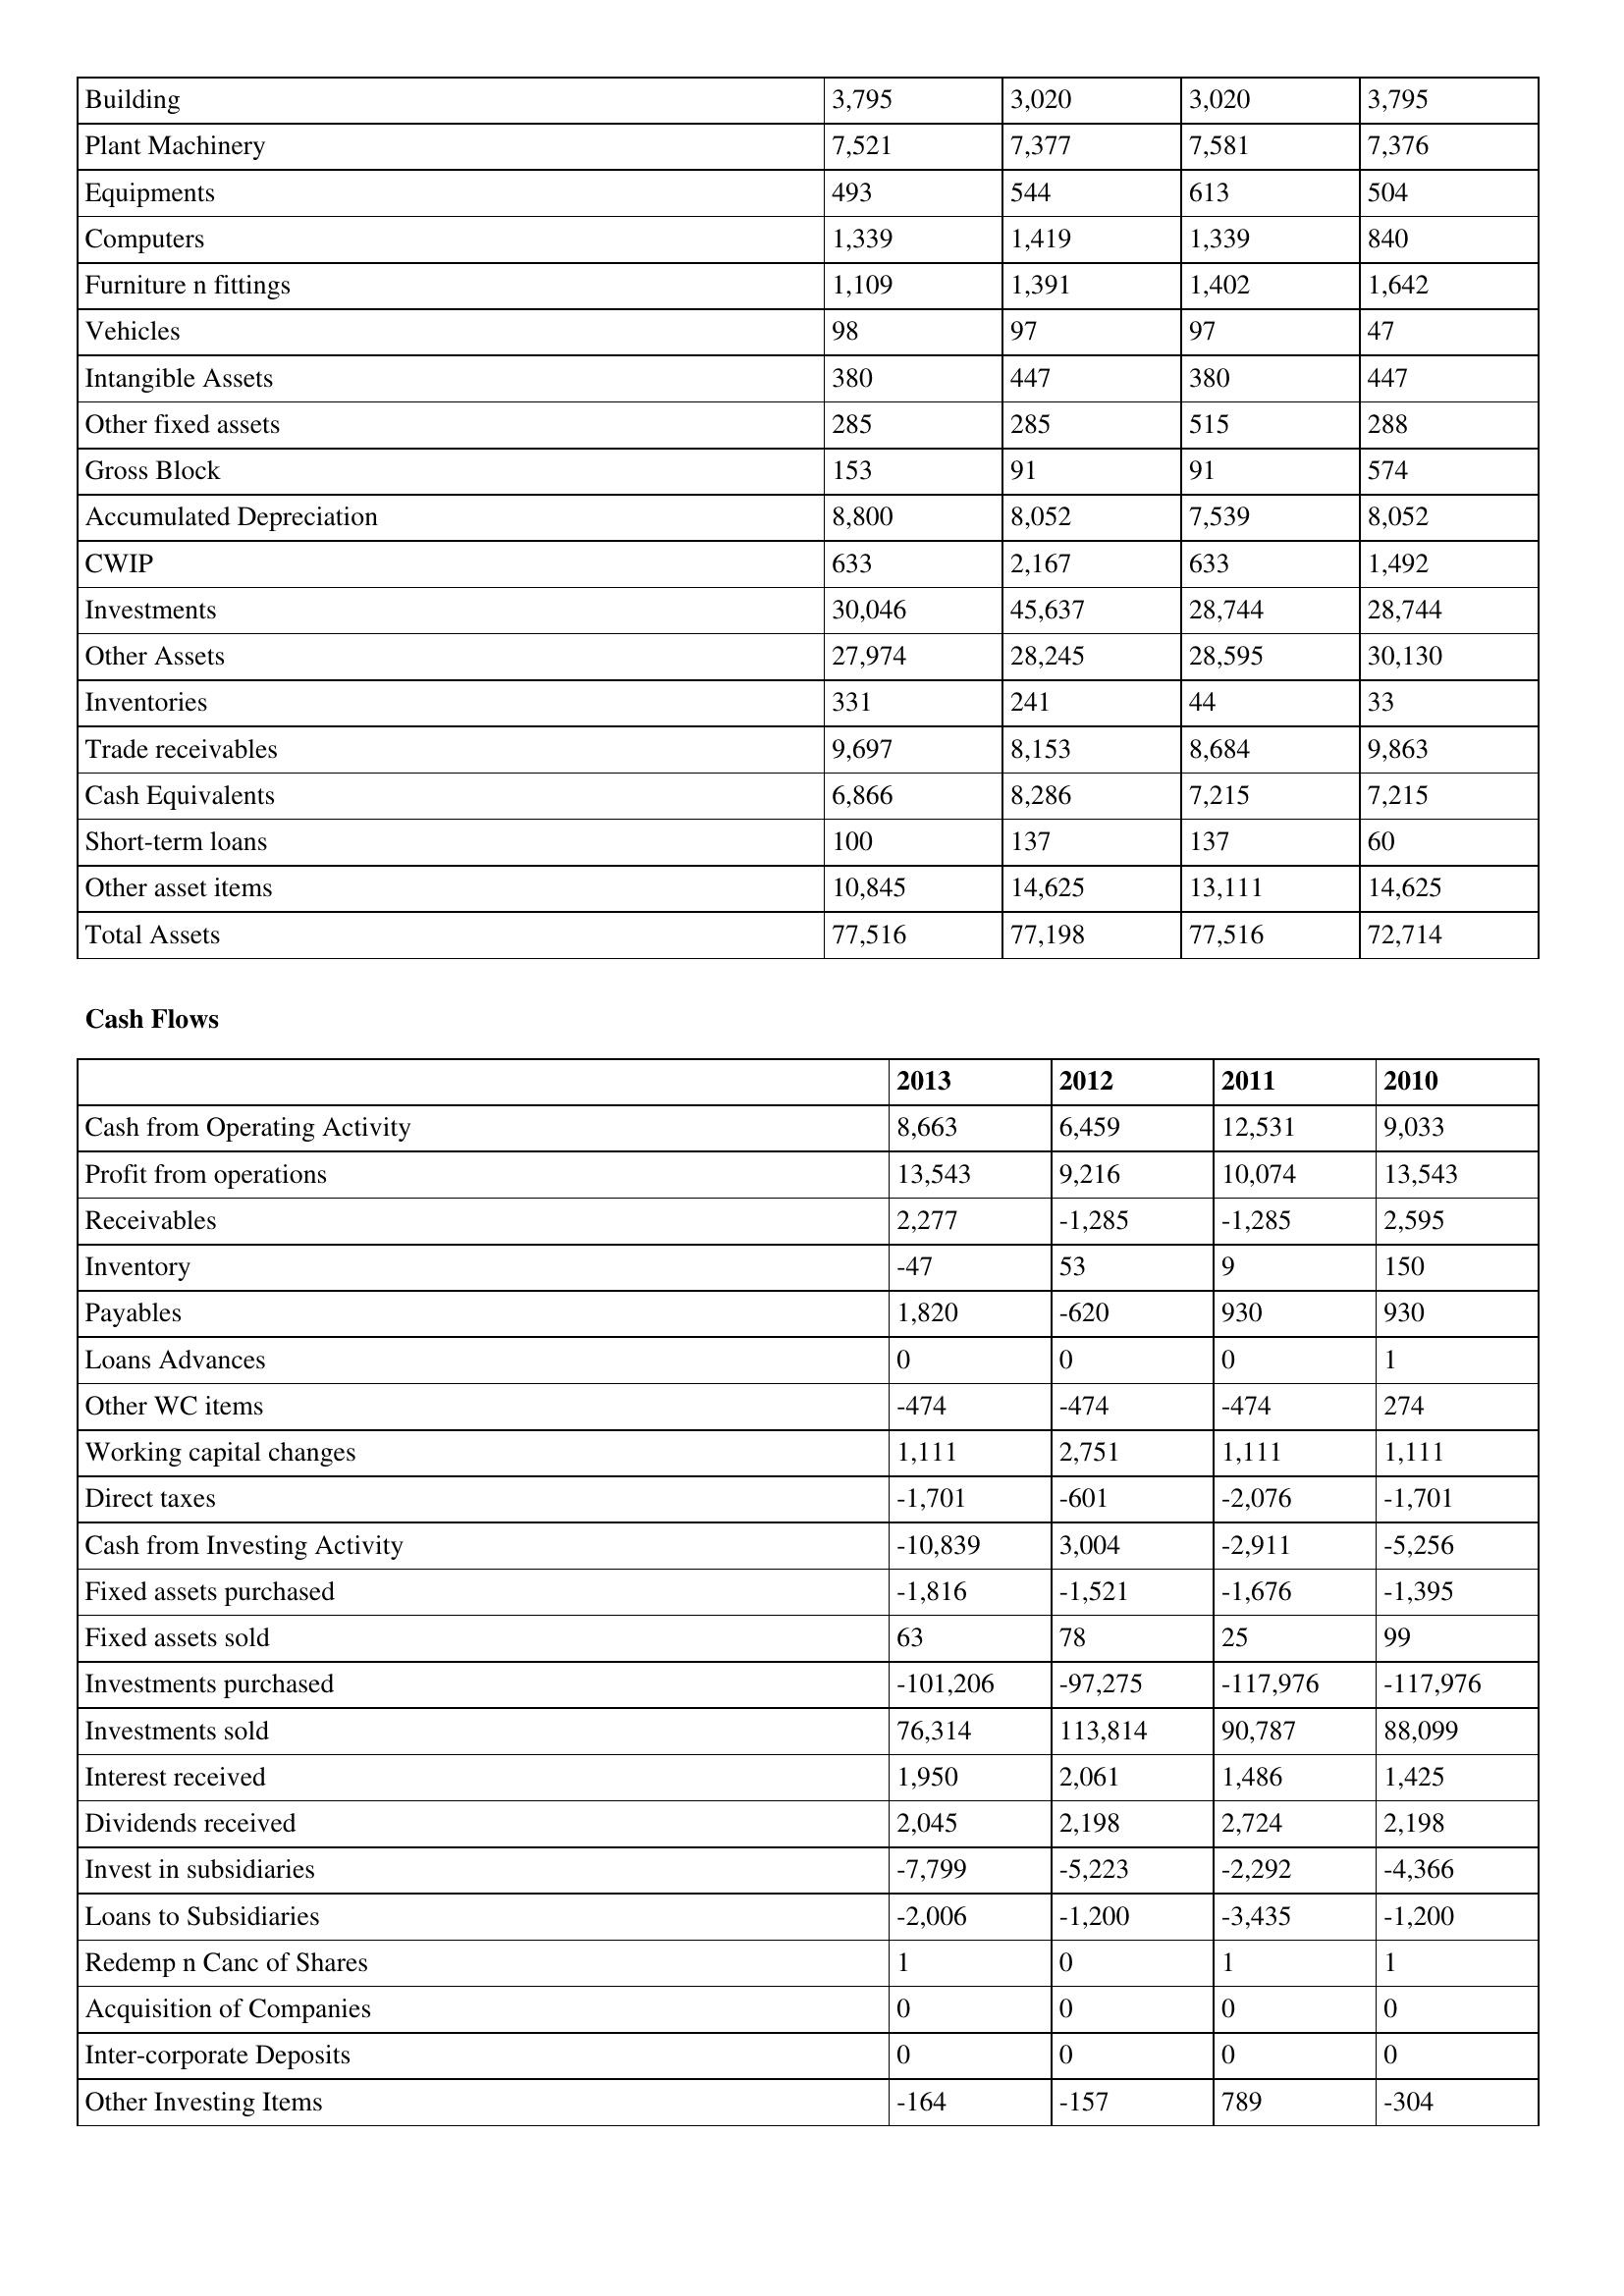
gt_parse: 2013: Balance Sheet: Building: 3,795
Plant Machinery: 7,521
Equipments: 493
Computers: 1,339
Furniture n fittings: 1,109
Vehicles: 98
Intangible Assets: 380
Other fixed assets: 285
Gross Block: 153
Accumulated Depreciation: 8,800
CWIP: 633
Investments: 30,046
Other Assets: 27,974
Inventories: 331
Trade receivables: 9,697
Cash Equivalents: 6,866
Short-term loans: 100
Other asset items: 10,845
Total Assets: 77,516
Cash Flows: Cash from Operating Activity: 8,663
Profit from operations: 13,543
Receivables: 2,277
Inventory: -47
Payables: 1,820
Loans Advances: 0
Other WC items: -474
Working capital changes: 1,111
Direct taxes: -1,701
Cash from Investing Activity: -10,839
Fixed assets purchased: -1,816
Fixed assets sold: 63
Investments purchased: -101,206
Investments sold: 76,314
Interest received: 1,950
Dividends received: 2,045
Invest in subsidiaries: -7,799
Loans to Subsidiaries: -2,006
Redemp n Canc of Shares: 1
Acquisition of Companies: 0
Inter-corporate Deposits: 0
Other Investing Items: -164
2012: Balance Sheet: Building: 3,020
Plant Machinery: 7,377
Equipments: 544
Computers: 1,419
Furniture n fittings: 1,391
Vehicles: 97
Intangible Assets: 447
Other fixed assets: 285
Gross Block: 91
Accumulated Depreciation: 8,052
CWIP: 2,167
Investments: 45,637
Other Assets: 28,245
Inventories: 241
Trade receivables: 8,153
Cash Equivalents: 8,286
Short-term loans: 137
Other asset items: 14,625
Total Assets: 77,198
Cash Flows: Cash from Operating Activity: 6,459
Profit from operations: 9,216
Receivables: -1,285
Inventory: 53
Payables: -620
Loans Advances: 0
Other WC items: -474
Working capital changes: 2,751
Direct taxes: -601
Cash from Investing Activity: 3,004
Fixed assets purchased: -1,521
Fixed assets sold: 78
Investments purchased: -97,275
Investments sold: 113,814
Interest received: 2,061
Dividends received: 2,198
Invest in subsidiaries: -5,223
Loans to Subsidiaries: -1,200
Redemp n Canc of Shares: 0
Acquisition of Companies: 0
Inter-corporate Deposits: 0
Other Investing Items: -157
2011: Balance Sheet: Building: 3,020
Plant Machinery: 7,581
Equipments: 613
Computers: 1,339
Furniture n fittings: 1,402
Vehicles: 97
Intangible Assets: 380
Other fixed assets: 515
Gross Block: 91
Accumulated Depreciation: 7,539
CWIP: 633
Investments: 28,744
Other Assets: 28,595
Inventories: 44
Trade receivables: 8,684
Cash Equivalents: 7,215
Short-term loans: 137
Other asset items: 13,111
Total Assets: 77,516
Cash Flows: Cash from Operating Activity: 12,531
Profit from operations: 10,074
Receivables: -1,285
Inventory: 9
Payables: 930
Loans Advances: 0
Other WC items: -474
Working capital changes: 1,111
Direct taxes: -2,076
Cash from Investing Activity: -2,911
Fixed assets purchased: -1,676
Fixed assets sold: 25
Investments purchased: -117,976
Investments sold: 90,787
Interest received: 1,486
Dividends received: 2,724
Invest in subsidiaries: -2,292
Loans to Subsidiaries: -3,435
Redemp n Canc of Shares: 1
Acquisition of Companies: 0
Inter-corporate Deposits: 0
Other Investing Items: 789
2010: Balance Sheet: Building: 3,795
Plant Machinery: 7,376
Equipments: 504
Computers: 840
Furniture n fittings: 1,642
Vehicles: 47
Intangible Assets: 447
Other fixed assets: 288
Gross Block: 574
Accumulated Depreciation: 8,052
CWIP: 1,492
Investments: 28,744
Other Assets: 30,130
Inventories: 33
Trade receivables: 9,863
Cash Equivalents: 7,215
Short-term loans: 60
Other asset items: 14,625
Total Assets: 72,714
Cash Flows: Cash from Operating Activity: 9,033
Profit from operations: 13,543
Receivables: 2,595
Inventory: 150
Payables: 930
Loans Advances: 1
Other WC items: 274
Working capital changes: 1,111
Direct taxes: -1,701
Cash from Investing Activity: -5,256
Fixed assets purchased: -1,395
Fixed assets sold: 99
Investments purchased: -117,976
Investments sold: 88,099
Interest received: 1,425
Dividends received: 2,198
Invest in subsidiaries: -4,366
Loans to Subsidiaries: -1,200
Redemp n Canc of Shares: 1
Acquisition of Companies: 0
Inter-corporate Deposits: 0
Other Investing Items: -304